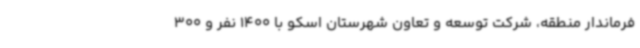
فرماندار منطقه، شرکت توسعه و تعاون شهرستان اسکو با 1400 نفر و 300